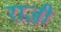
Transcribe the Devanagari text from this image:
राजी़